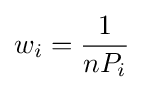
w_{i}={\frac {1}{nP_{i}}}